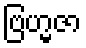
ဗြဟ္မဇာ